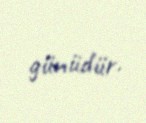
günüdür.